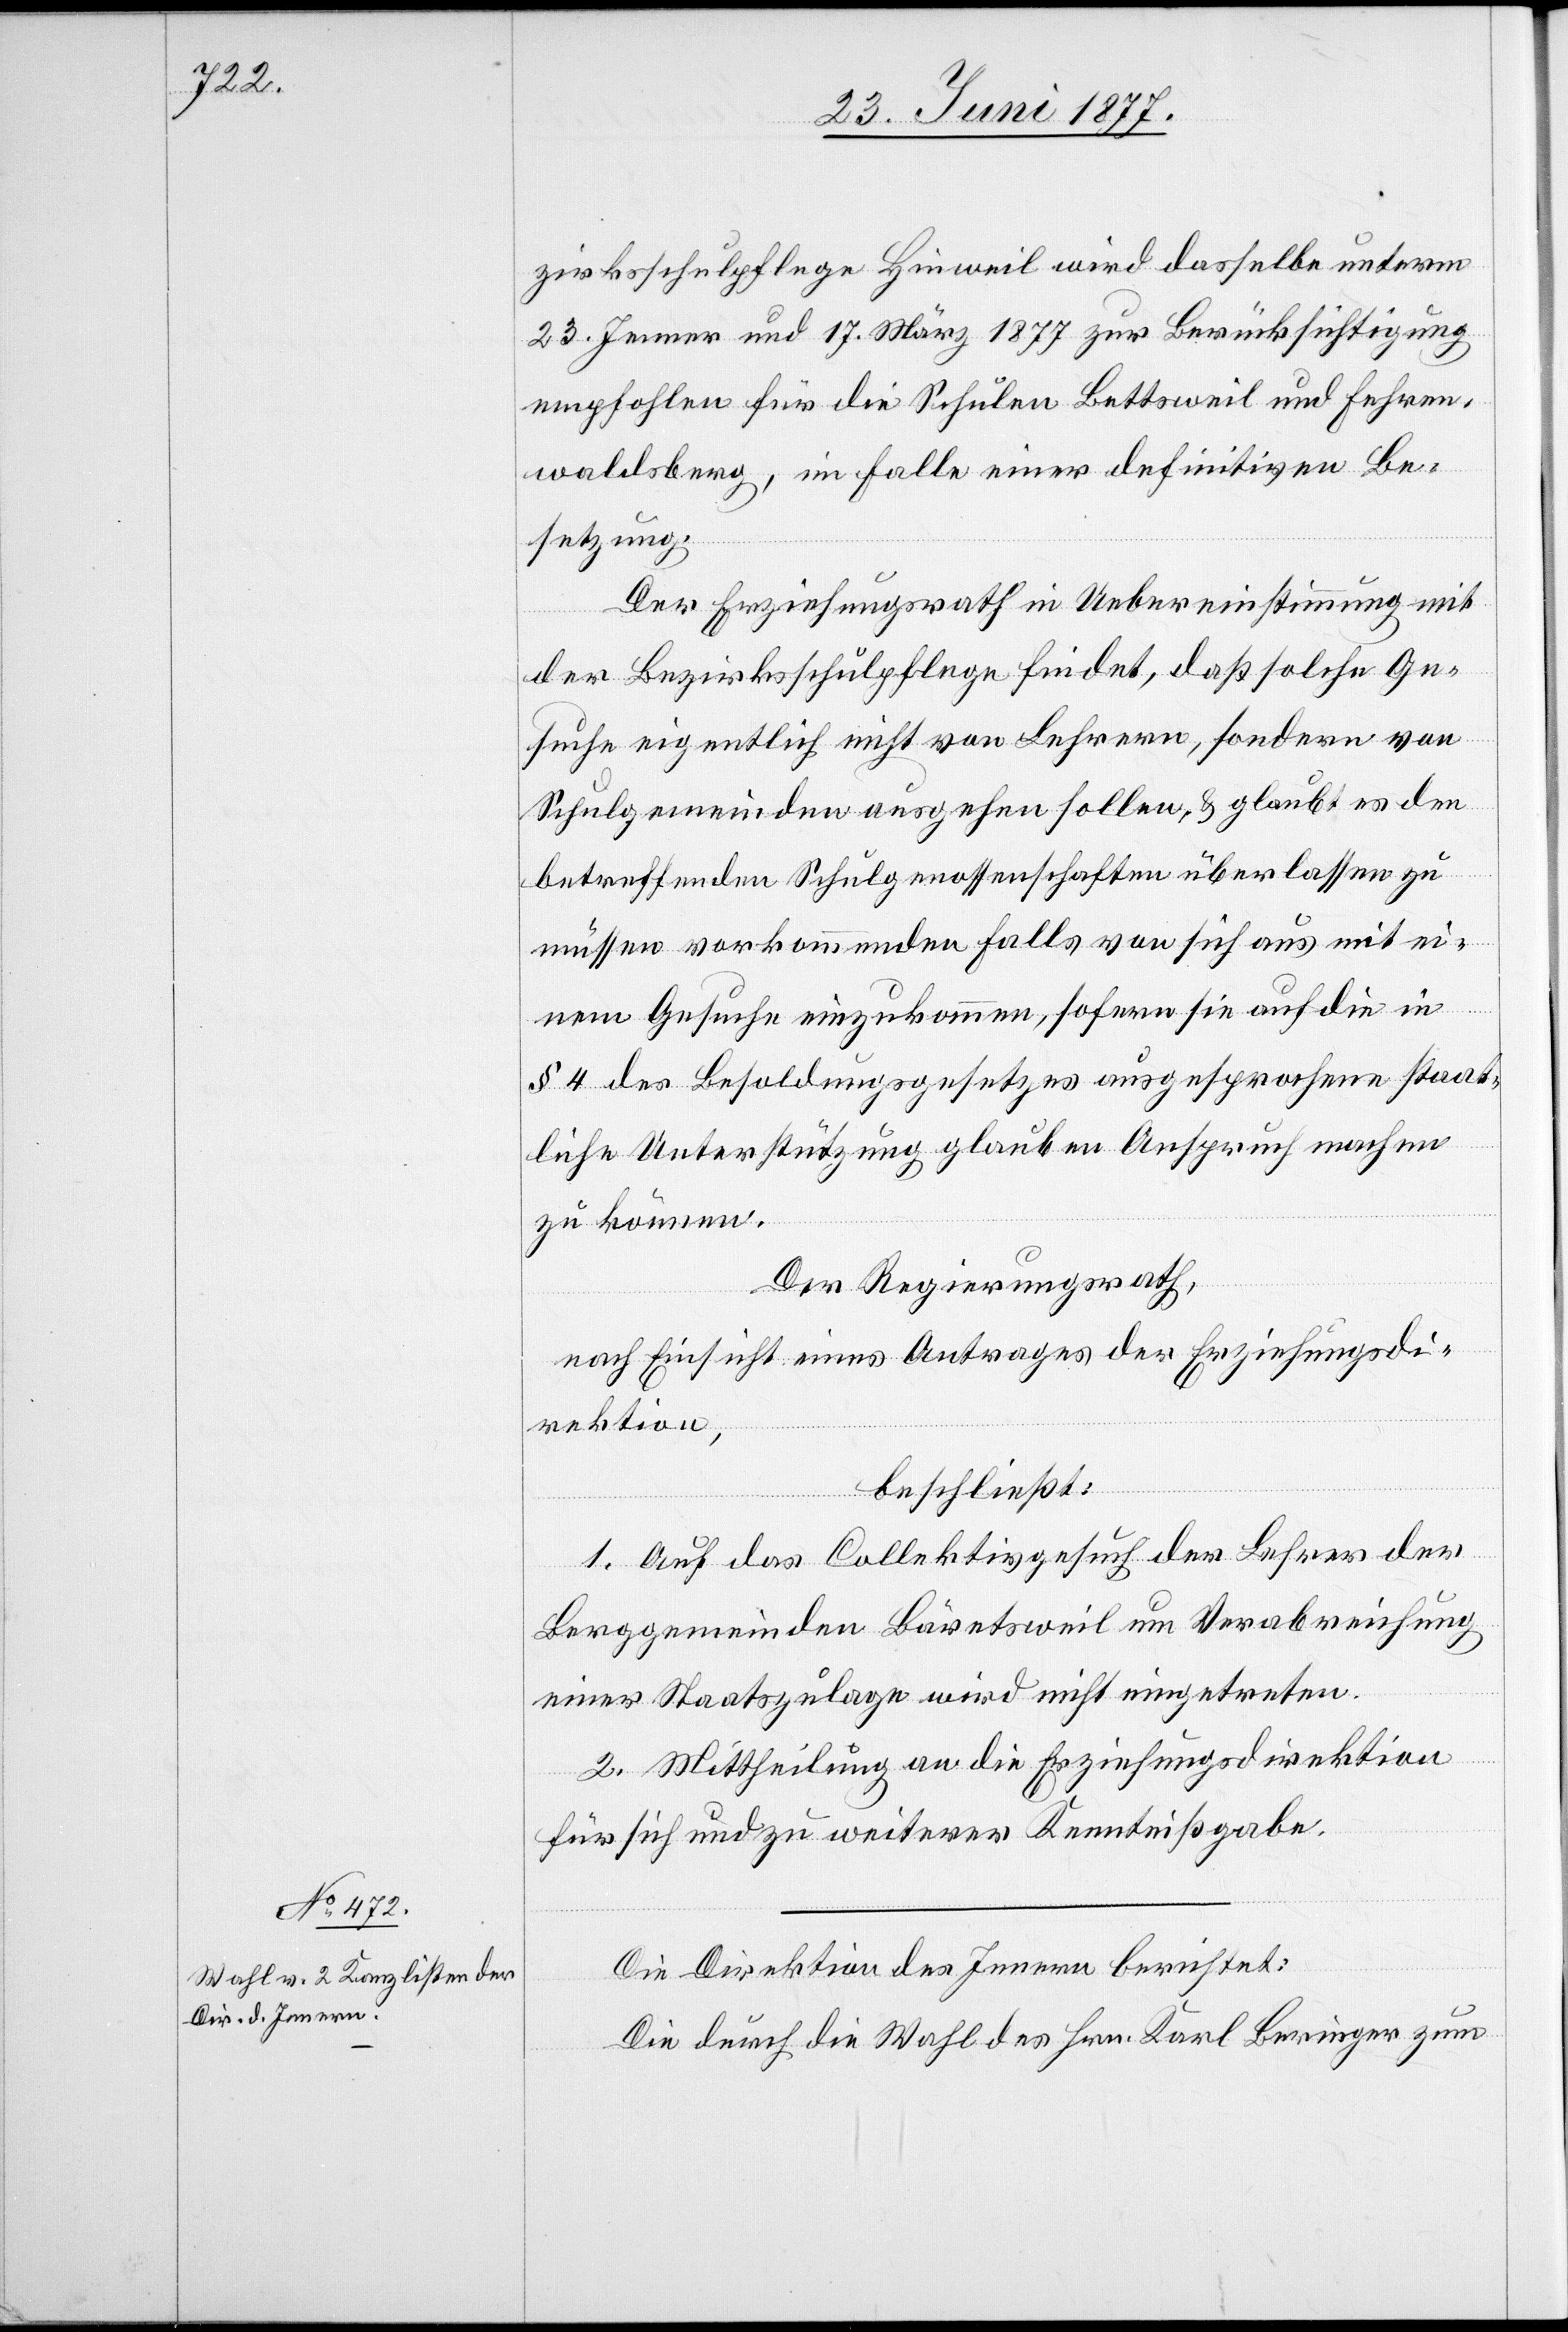
zirksschulpflege Hinweil wird dasselbe unterm
23. Jenner und 17. März 1877 zur Berücksichtigung
empfohlen für Schulen Bettsweil und Fehren¬
waldsberg, im Falle einer definitiven Be¬
setzung.
Der Erziehungsrath in Uebereinstimmung mit
der Bezirksschulpflege findet, daß solche Ge¬
suche eigentlich nicht von Lehrern, sondern von
Schulgemeinden ausgehen sollen, & glaubt es den
betreffenden Schulgenossenschaften überlassen zu
müssen vorkommenden Falls von sich aus mit ei¬
nem Gesuche einzukommen, sofern sie auf die in
§ 4 des Besoldungsgesetzes ausgesprochene staatl¬
zu können.
Der Regierungsrath,
nach Einsicht eines Antrages der Erziehungsdi¬
rektion,
beschließt:
1. Auf das Collektivgesuch der Lehrer der
Berggemeinden Bäretsweil um Verabreichung
einer Staatszulage wird nicht eingetreten.
2. Mittheilung an die Erziehungsdirektion
für sich und zu weiterer Kenntnißgabe.
Die Direktion des Innern berichtet:
Die durch die Wahl des Hrn. Karl Beringer zum

uben